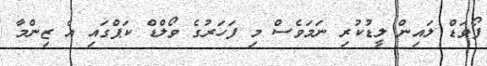
ފޯވަޑް ލައިން ލީޑުކުރި ނަމަވެސް މި ފަހަރުގެ ވޯލްޑް ކަޕްގައި އެ ޒިންމާ